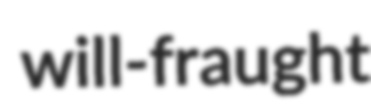
will-fraught